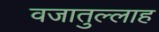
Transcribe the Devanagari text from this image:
वजातुल्लाह